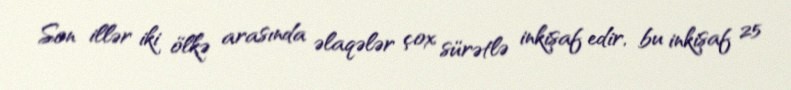
Son illər iki ölkə arasında əlaqələr çox sürətlə inkişaf edir, bu inkişaf 25